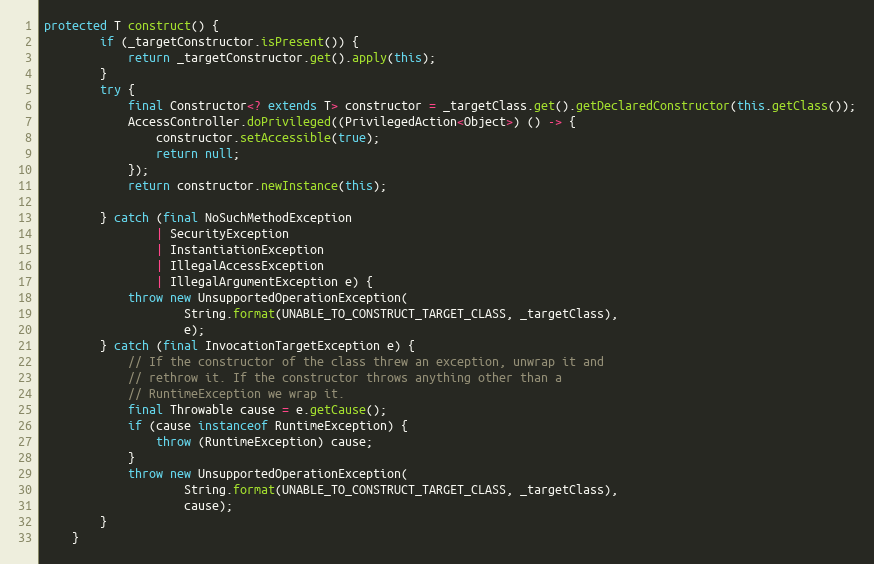
Language: Java
protected T construct() {
        if (_targetConstructor.isPresent()) {
            return _targetConstructor.get().apply(this);
        }
        try {
            final Constructor<? extends T> constructor = _targetClass.get().getDeclaredConstructor(this.getClass());
            AccessController.doPrivileged((PrivilegedAction<Object>) () -> {
                constructor.setAccessible(true);
                return null;
            });
            return constructor.newInstance(this);

        } catch (final NoSuchMethodException
                | SecurityException
                | InstantiationException
                | IllegalAccessException
                | IllegalArgumentException e) {
            throw new UnsupportedOperationException(
                    String.format(UNABLE_TO_CONSTRUCT_TARGET_CLASS, _targetClass),
                    e);
        } catch (final InvocationTargetException e) {
            // If the constructor of the class threw an exception, unwrap it and
            // rethrow it. If the constructor throws anything other than a
            // RuntimeException we wrap it.
            final Throwable cause = e.getCause();
            if (cause instanceof RuntimeException) {
                throw (RuntimeException) cause;
            }
            throw new UnsupportedOperationException(
                    String.format(UNABLE_TO_CONSTRUCT_TARGET_CLASS, _targetClass),
                    cause);
        }
    }